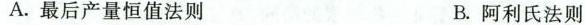
A.最后产量恒值法则 B.阿利氏法则